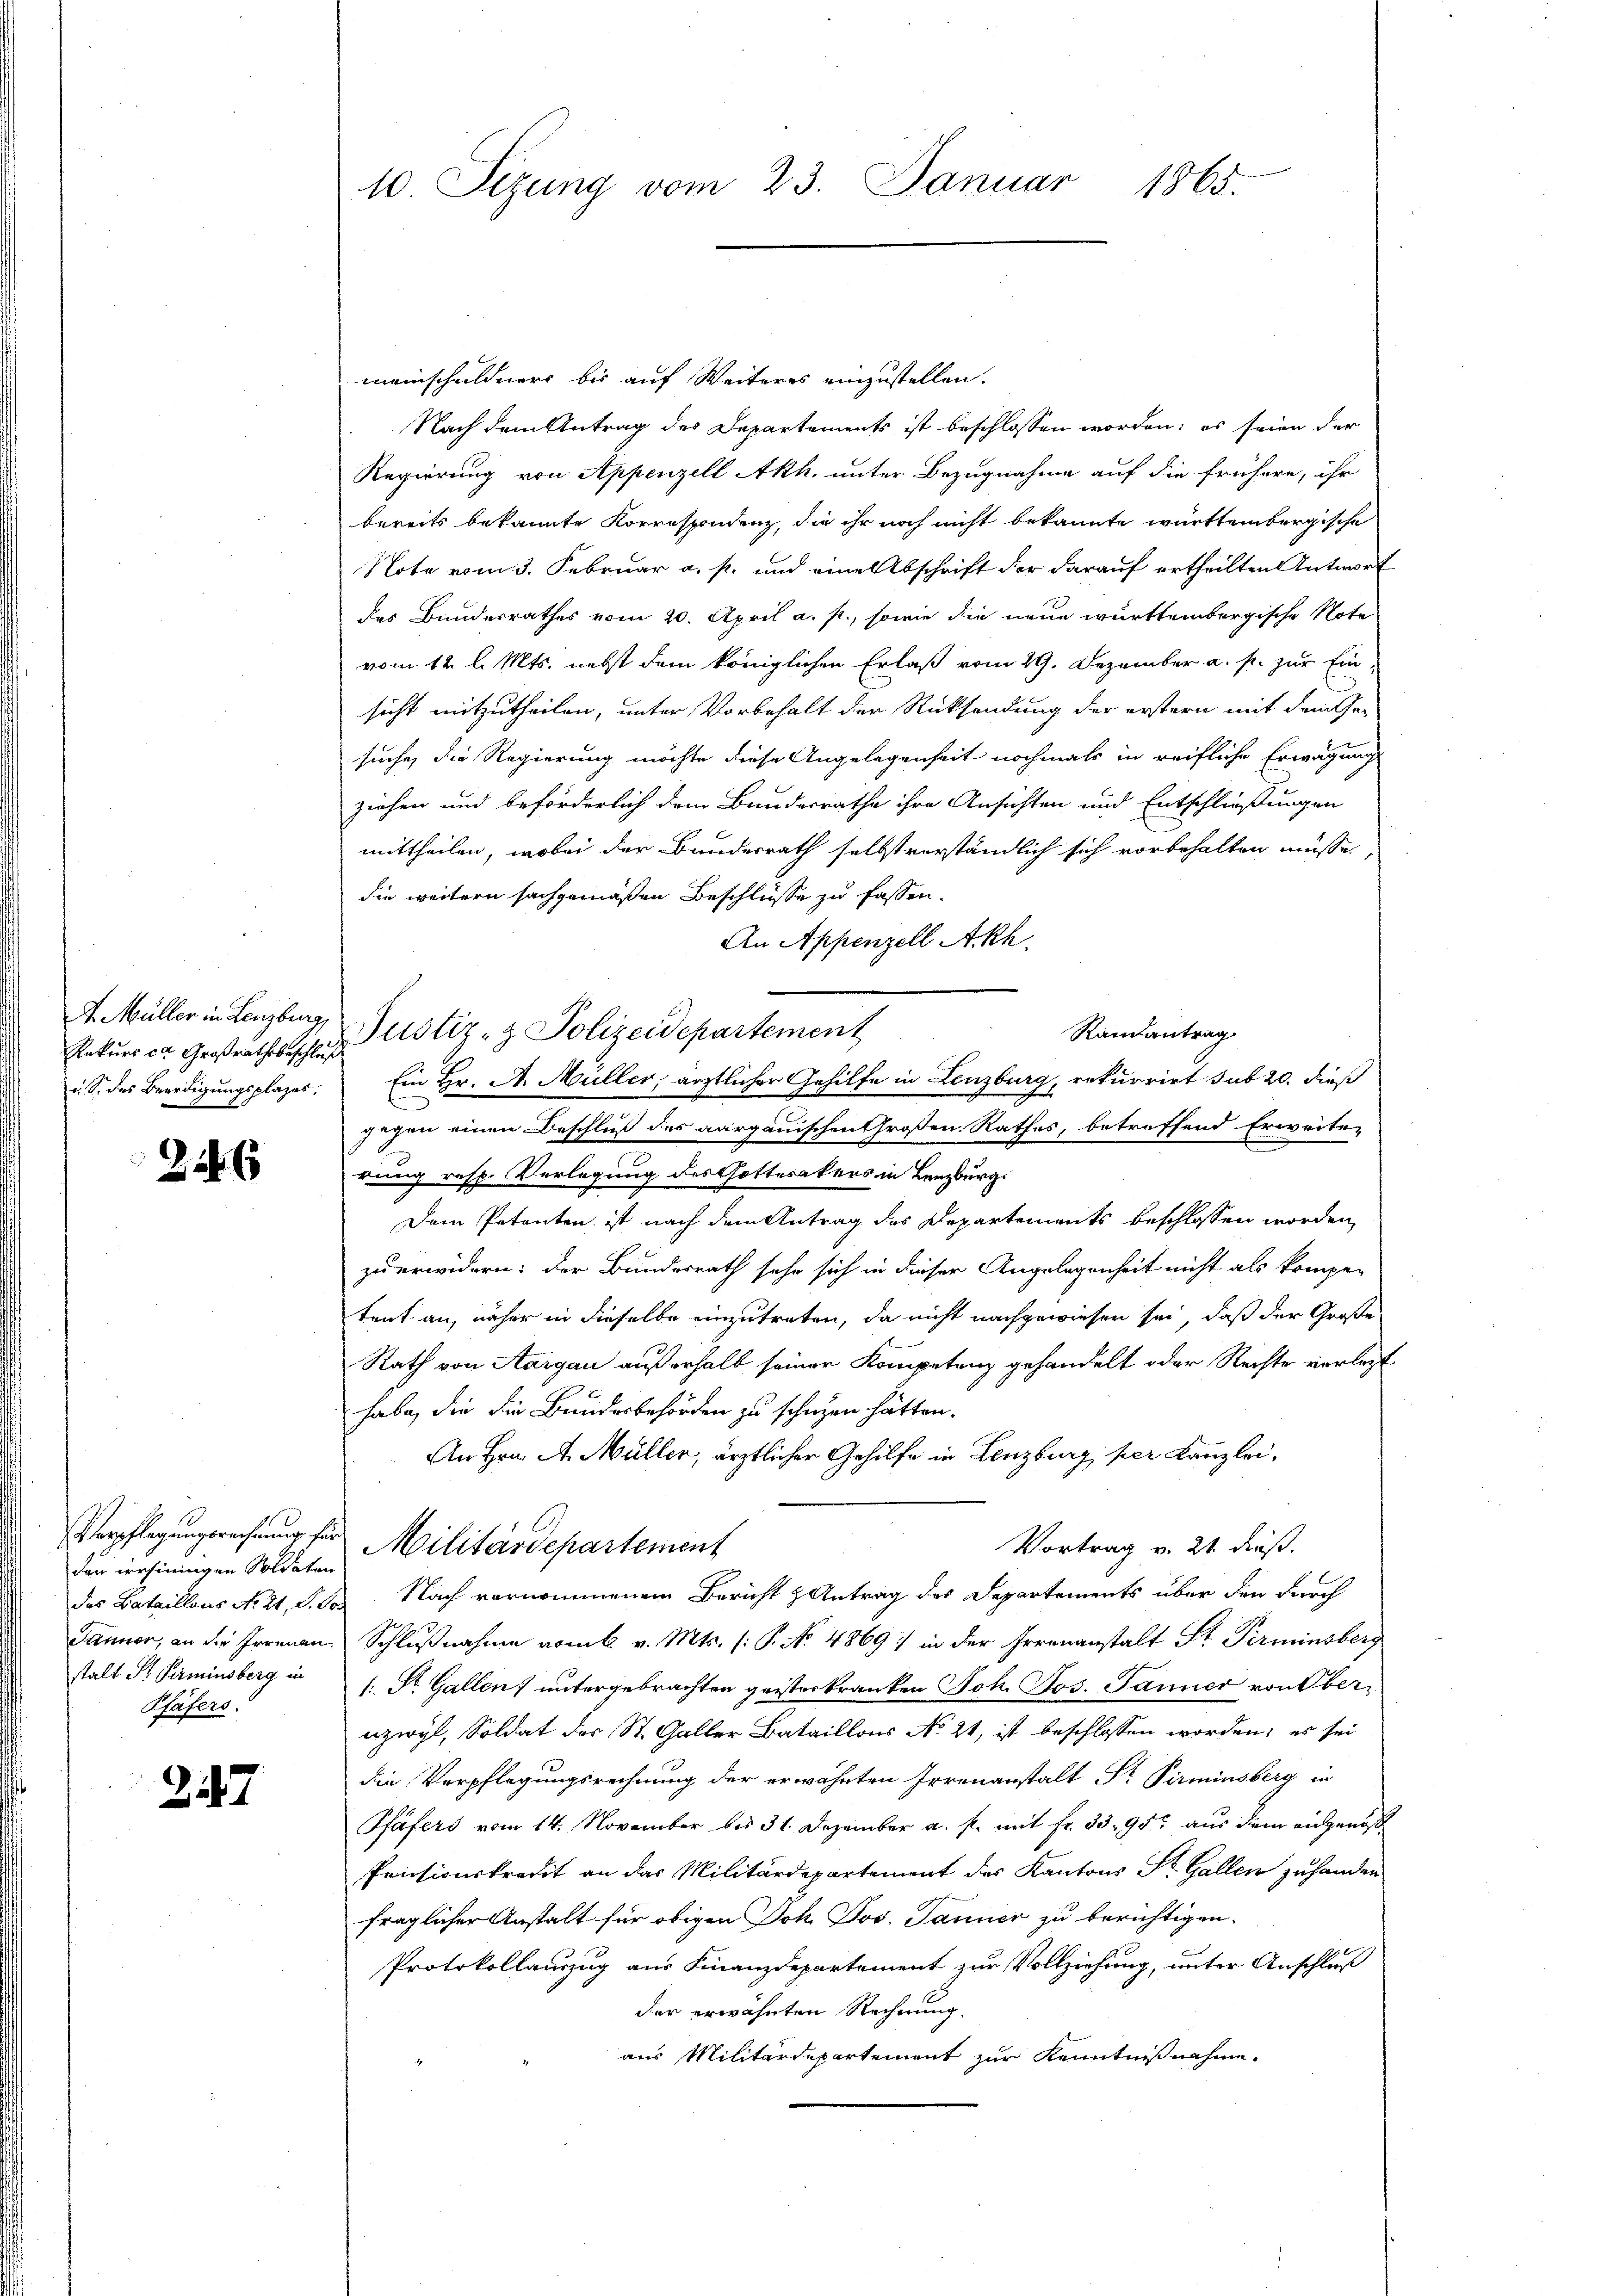
Rekurs ca Großrathsbeschluß

2246

den versinnigen Soldaten
stalt Dr. Perminsberg in
Pfäfers.

27

10. Sizung vom 23. Januar 1865.

meinschuldners bis auf Weiteres einzustellen.
Nach dem Antrag des Departements ist beschlossen worden; es seien der
Regierung von Appenzell Akh. unter Bezugnahme auf die frühere, ihr
bereits bekannte Korrespondenz, die ihr noch nicht bekannte württembergische
Note vom 3. Februar a. p. und eine Abschrift der darauf ertheilten Antwort
des Bundesrathes vom 20. April a. p., sowie die neue württembergische Note
vom 12. l. Mts. nebst dem königlichen Erlaß vom 29. Dezember a. p. zur Einsicht mitzutheilen, unter Vorbehalt der Rücksendung der erstern mit dem her
suche, die Regierung möchte diese Angelegenheit nochmals in reifliche Erwägung
ziehen und beförderlich dem Bundesrathe ihre Ansichten und Entschließungen
mittheilen, wobei der Bundesrath selbstverständlich sich vorbehalten müsse.
die weitern sachgemäßen Beschlüsse zu fassen.
An Appenzell Akh.
4. Müller in Lenzburg Pustiz- & Polizeidepartement
Randantrag
u. S. des Beerdigungsplazer Ein Hr. A. Müller, ärztlicher Gehilfe in Lenzburg, rekurrirt sub 20. dieß
gegen einen Beschluß des aargauischen Großen Rathes, betreffend Erwarte-
rung resp. Verlegung des Gotterakers in Lenzburg.
Dem Petenten ist nach dem Antrag des Departements beschlossen worden,
zu erwidern: der Bundesrath sehr sich in dieser Angelegenheit nicht als kompe-
tent an, näher in dieselbe einzutreten, da nicht nachgewiesen sei, daß der Große
Rath von Aargau außerhalb seiner Kompetenz gehandelt oder Rechte verlegt
habe, die die Bundesbehörden zu schutzen hätten.
An Hrn. A. Müller, ärztlicher Gehilfe in Lenzburg per Kanzlei,
Verpflegungsrechnung für Militärdepartement
Vortrag v. 21. dieß.
das Bataillons No 21, S. B. Nach vernommenem Bericht & Antrag des Departements über den durch
J 4
Jänner, an die Irrenen Schlußnahme vom k. v. Mts. (: P. No 4869) in der Irrenanstalt Str. Terminsberg
1. St. Gallen untergebrachten geisterkranken Joh. Jos. Janner von Oberuzwyl, Soldat des St. Galler Bataillons No 21, ist beschlossen worden; es sei
die Verpflegungsrechnung der erwähnten Irrenanstalt Dr. Pirminsberg in
Pfäfers vom 14. November bis 31. Dezember a. f. mit Fr. 33. 95. aus dem eidgenöß
Pacisionskredit an das Militärdepartement des Kantons St. Gallen zuhander
fraglicher Anstalt für obigen Joh. Jos. Janner zu berichtigen.
Protokollauszug aus Finanzdepartement zur Vollziehung, unter Anschluß
der erwähnten Rechnung.
aus Militärdepartement zur Kenntnißnahme.